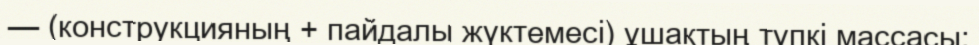
— (конструкцияның + пайдалы жүктемесi) ұшақтың түпкi массасы;